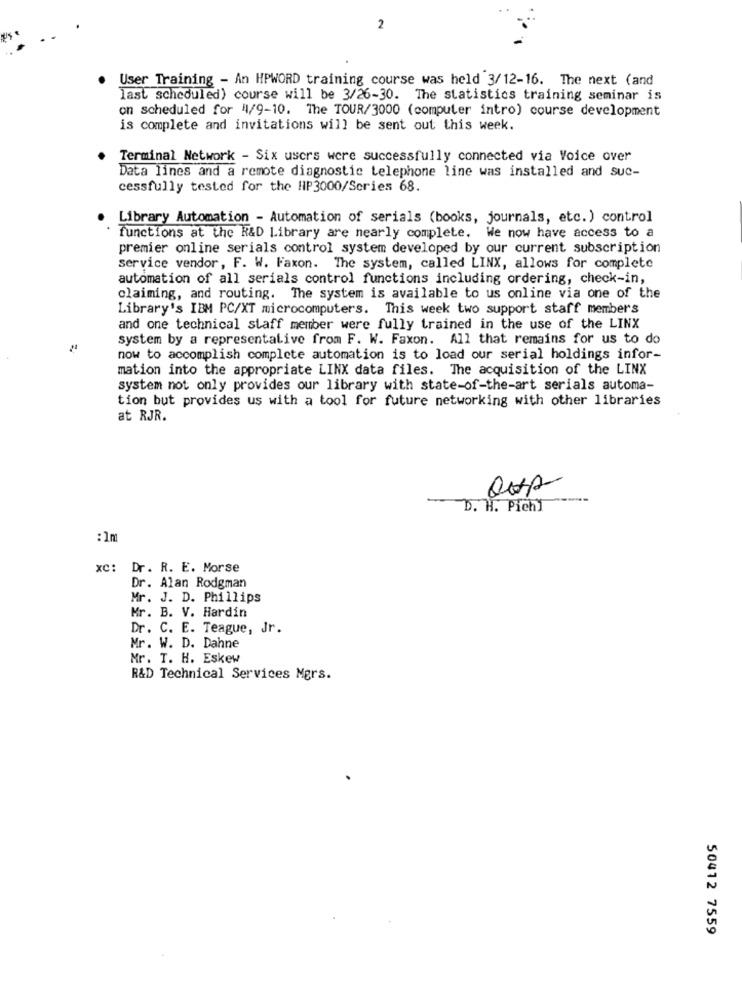
2
User Training - An HPWORD training course was held 3/12-16. The next (and
last scheduled) course will be 3/26-30. The statistics training seminar is
on scheduled for 4/9-10. The TOUR/3000 (computer intro) course development
is complete and invitations will be sent out this week.
Terminal Network - Six users were successfully connected via Voice over
Data lines and a remote diagnostic telephone line was installed and suc-
cessfully tested for the HP3000/Series 68.
Library Automation - Automation of serials (books, journals, etc.) control
functions at the R&D Library are nearly complete. We now have access to a
premier online serials control system developed by our current subscription
service vendor, F. W. Faxon. The system, called LINX, allows for complete
automation of all serials control functions including ordering, check-in,
claiming, and routing. The system is available to us online via one of the
Library's IBM PC/XT microcomputers. This week two support staff members
and one technical staff member were fully trained in the use of the LINX
system by a representalive from F. W. Faxon. All that remains for us to do
now to accomplish complete automation is to load our serial holdings infor-
mation into the appropriate LINX data files. The acquisition of the LINX
system not only provides our library with state-of-the-art serials automa-
tion but provides us with a tool for future networking with other libraries
at RJR.
D. H. Pichl
: 1m
xc: Dr. R. E. Morse
Dr. Alan Rodgman
Mr. J. D. Phillips
Mr. B. V. Hardin
Dr. C. E. Teague, Jr.
Mr. W. D. Dahne
Mr. T. H. Eskew
R&D Technical Services Mgrs.
50412 7559